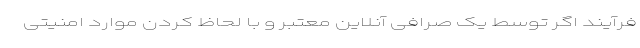
فرآیند اگر توسط یک صرافی آنلاین معتبر و با لحاظ کردن موارد امنیتی